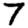
Digit: 7